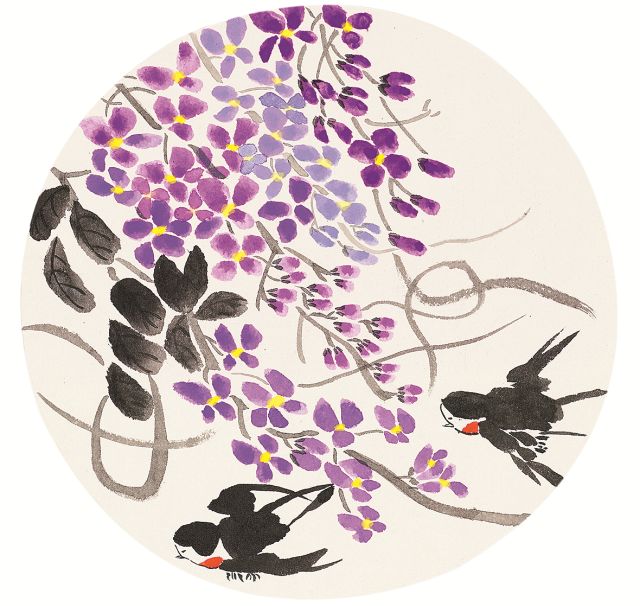
明月随良掾，春潮夜夜深。